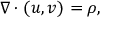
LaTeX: \nabla \cdot ( u , v ) = \rho ,